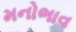
મનોભાવ